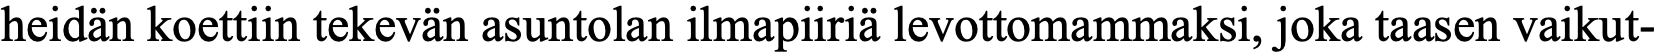
heidän koettiin tekevän asuntolan ilmapiiriä levottomammaksi, joka taasen vaikut-